Indian journal of veterinary science and animal husbandry - Volume 2,
Year: 1932
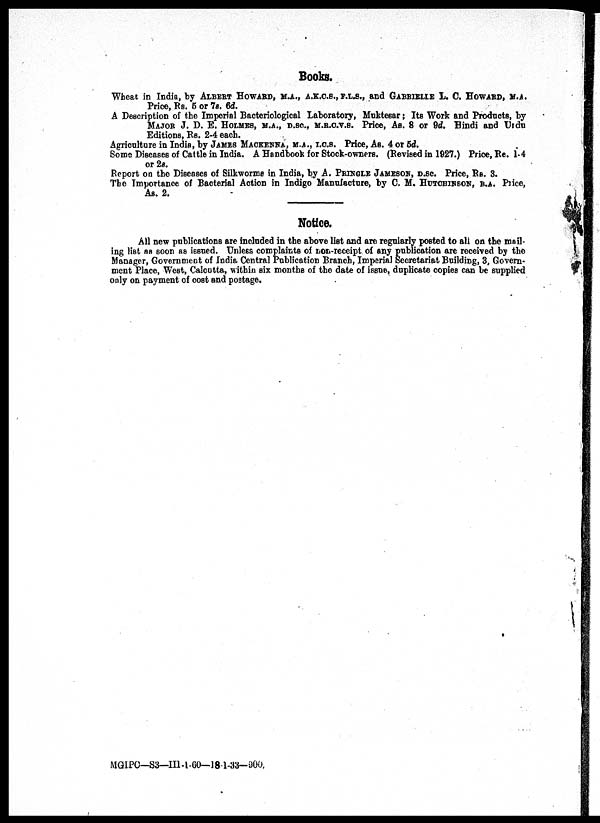
Books.
Wheat in India, by ALBERT HOWARD, M.A., A.K.C.S., F.L.S., and GABRIELLE L. C. HOWARD, M.A.
Price, Rs. 5 or 7s. 6d.
A Description of the Imperial Bacteriological Laboratory, Muktesar; Its Work and Products, by
MAJOR J. D. E. HOLMES, M.A., D.SC., M.R.C.V.S. Price, AS. 8 or 9d. Hindi and Urdu
Editions, Rs. 2-4 each.
Agriculture in India, by JAMES MACKENNA, M.A., I.C.S. Price, As. 4 or 5d.
Some Diseases of Cattle in India. A Handbook for Stock-owners. (Revised in 1927.) Price, Re. 1-4
or 2s.
Report on the Diseases of Silkworms in India, by A. PRINGLE JAMESON, D.SC. Price, Rs. 3.
The Importance of Bacterial Action in Indigo Manufacture, by C. M. HUTCHINSON, B.A. Price,
As. 2.
Notice.
All new publications are included in the above list and are regularly posted to all on the mail-
ing list as soon as issued. Unless complaints of non-receipt of any publication are received by the
Manager, Government of India Central Publication Branch, Imperial Secretariat Building, 3, Govern-
ment Place, West, Calcutta, within six months of the date of issue, duplicate copies can be supplied
only on payment of cost and postage.
MGIPC—S3—III-l-60—18-1-33-900.